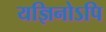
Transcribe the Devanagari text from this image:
यज्ञिनोऽपि